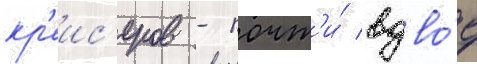
кр'еис'еров - почт'и́ вдво́е